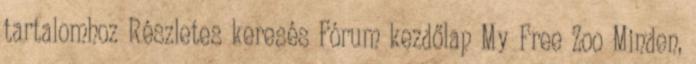
tartalomhoz Részletes keresés Fórum kezdőlap My Free Zoo Minden,